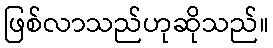
ဖြစ်လာသည်ဟုဆိုသည်။